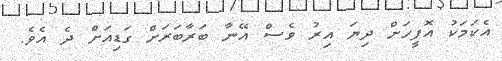
އެކަމަކު އޮފީހަށް ދިޔަ އިރު ވެސް އޭނާ ބަރާބަރަށް ގަޑިއަށް ދެ އެވެ.